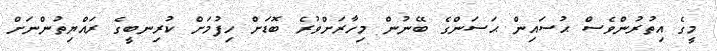
މީގެ އިތުރުންވެސް ޙުސައިން ޙަސަންގެ ބޭނުން މިހާރަށްވުރެ ބޮޑަށް ހިފުމަށް ކުރިނބީގެ ރައްޔިތުންނަށް